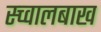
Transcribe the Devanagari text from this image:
स्च्वालबाख